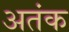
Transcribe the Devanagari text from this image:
अतंक